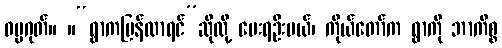
ဓမ္မဂုတ်။ ။“ရွာကပြန်လာရင်”ဆိုလို့ မေးရဦးမယ်၊ ကိုယ်တော်က ရွာကို ဘာကိစ္စ